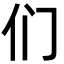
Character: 们